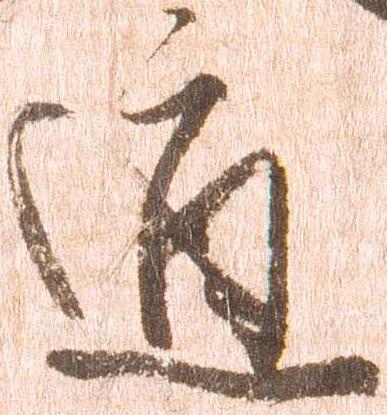
道